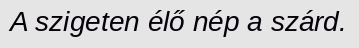
A szigeten élő nép a szárd.